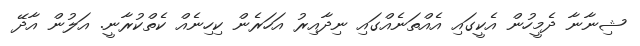
ޝިނާނާ ދެމީހުން އެކީގައި އެއްތަނެއްގައި ނިދާއިރު އަހަރެން ކިހިނެއް ކެތްކުރާނީ. އަލުން އާދޭ